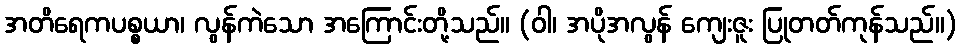
အတိရေကပစ္စယာ၊ လွန်ကဲသော အကြောင်းတို့သည်။ (ဝါ၊ အပိုအလွန် ကျေးဇူး ပြုတတ်ကုန်သည်။)